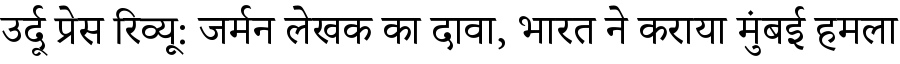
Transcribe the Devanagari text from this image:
उर्दू प्रेस रिव्यू: जर्मन लेखक का दावा, भारत ने कराया मुंबई हमला